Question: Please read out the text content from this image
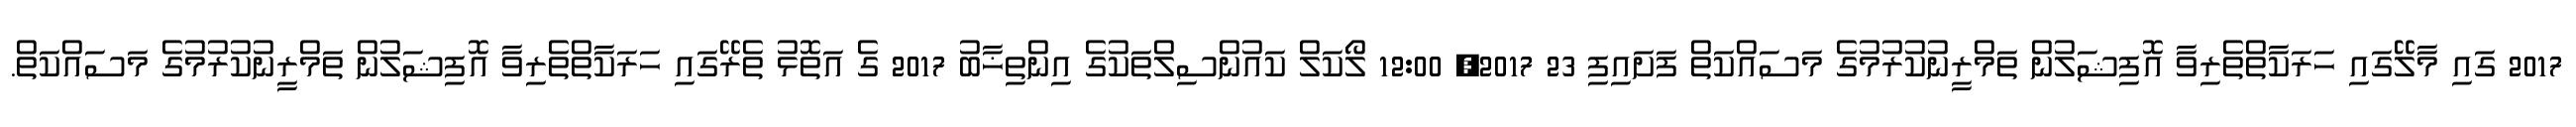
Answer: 2017 ގައި މާލޭގައި ހަރަކާތްތެރިވާ އޮފިޝަލުން ތަމްރީނުކުރުމުގެ މަސައްކަތް ފަށައިފި 23 2017, 12:00 ލޯކަލް ކައުންސިލްތަކުގެ އިންތިޚާބު 2017 ގެ އަތޮޅު ތެރޭގައި ހަރަކާތްތެރިވާ އޮފިޝަލުން ތަމްރީނުކުރުމުގެ މަސައްކަތް.